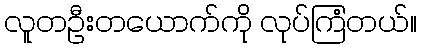
လူတဦးတယောက်ကို လုပ်ကြံတယ်။